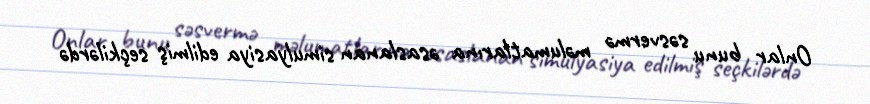
Onlar bunu səsvermə məlumatlarına əsaslanan simulyasiya edilmiş seçkilərdə